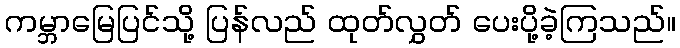
ကမ္ဘာမြေပြင်သို့ ပြန်လည် ထုတ်လွှတ် ပေးပို့ခဲ့ကြသည်။